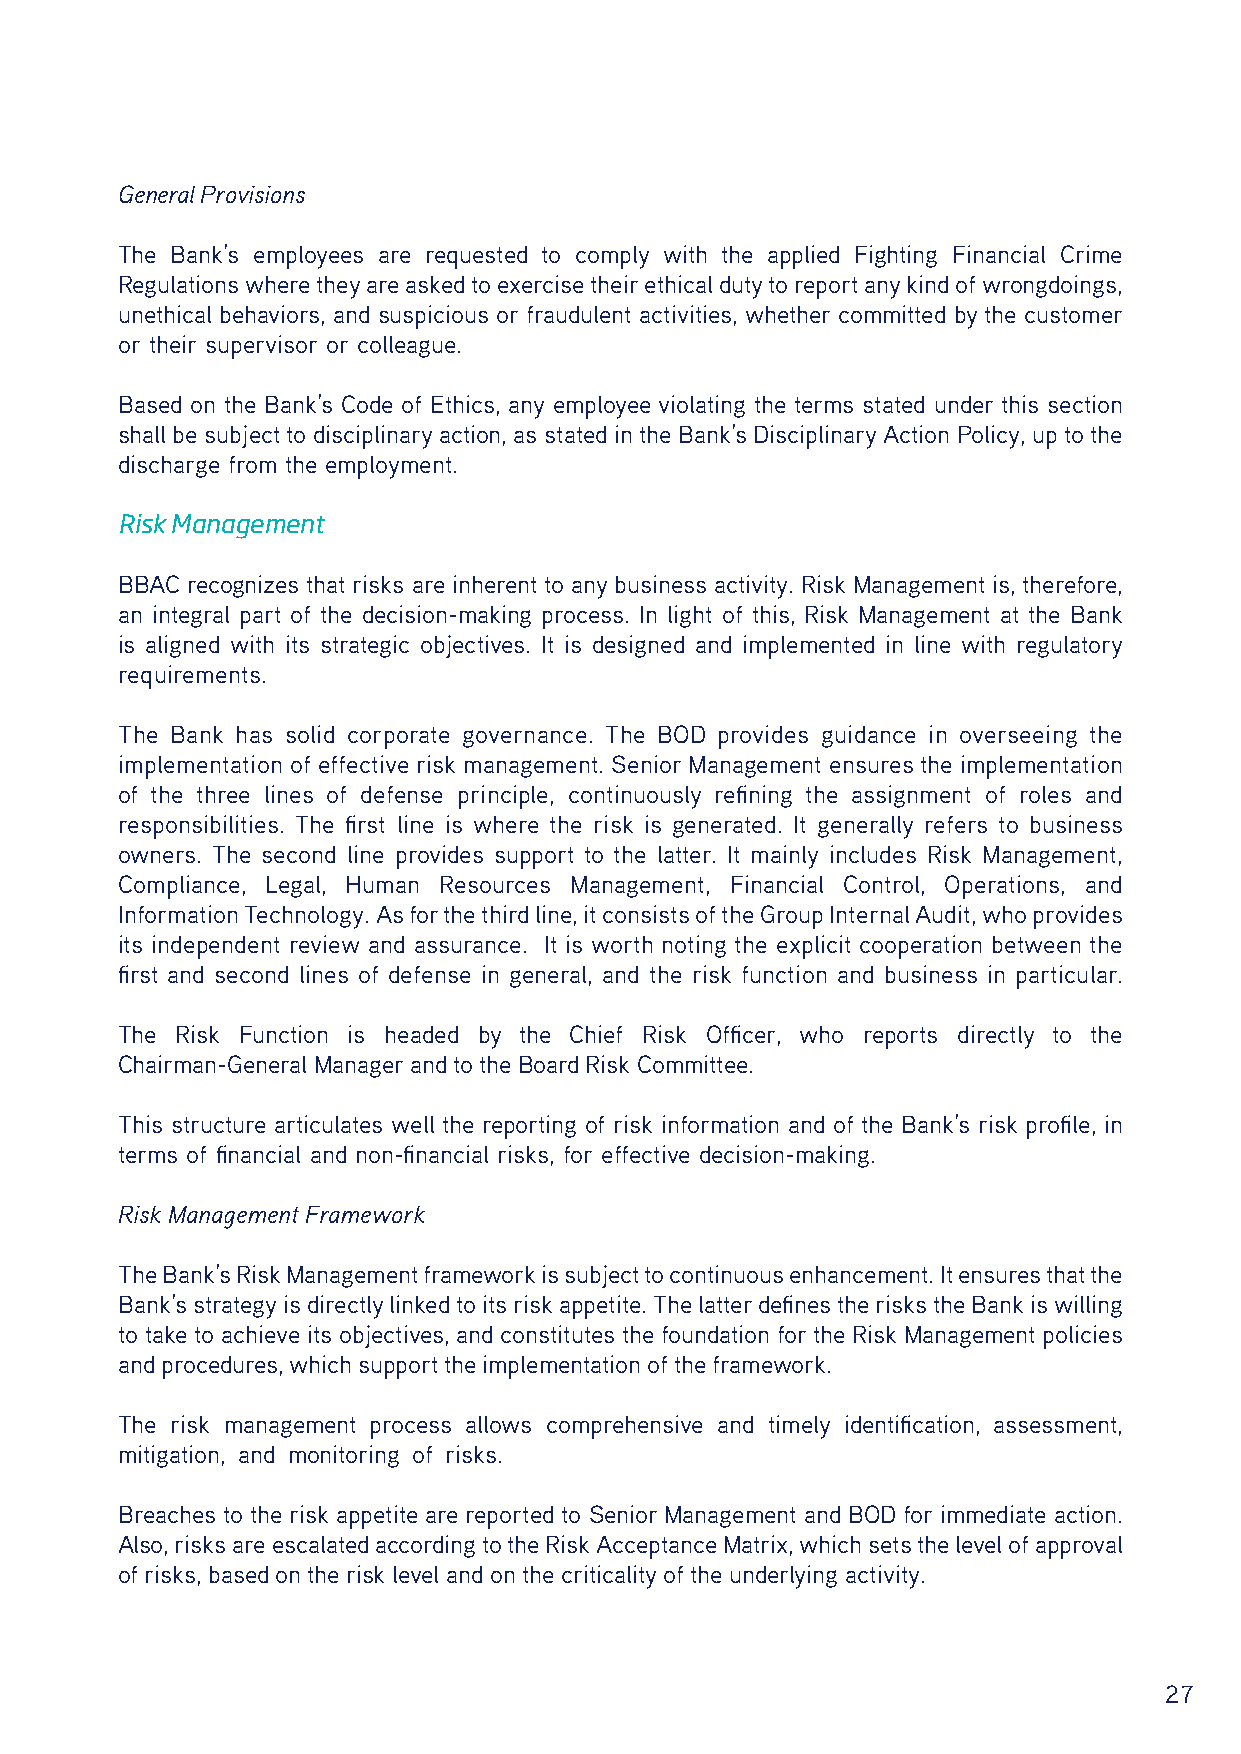
General Provisions
 The Bank’s employees are requested to comply with the applied Fighting Financial Crime
 Regulations where they are asked to exercise their ethical duty to report any kind of wrongdoings,
 unethical behaviors, and suspicious or fraudulent activities, whether committed by the customer
 or their supervisor or colleague.
 Based on the Bank’s Code of Ethics, any employee violating the terms stated under this section
 shall be subject to disciplinary action, as stated in the Bank’s Disciplinary Action Policy, up to the
 discharge from the employment.
 Risk Management
 BBAC recognizes that risks are inherent to any business activity. Risk Management is, therefore,
 an integral part of the decision-making process. In light of this, Risk Management at the Bank
 is aligned with its strategic objectives. It is designed and implemented in line with regulatory
 requirements.
 The Bank has solid corporate governance. The BOD provides guidance in overseeing the
 implementation of effective risk management. Senior Management ensures the implementation
 of the three lines of defense principle, continuously refining the assignment of roles and
 responsibilities. The first line is where the risk is generated. It generally refers to business
 owners. The second line provides support to the latter. It mainly includes Risk Management,
 Compliance, Legal, Human Resources Management, Financial Control, Operations, and
 Information Technology. As for the third line, it consists of the Group Internal Audit, who provides
 its independent review and assurance. It is worth noting the explicit cooperation between the
 first and second lines of defense in general, and the risk function and business in particular.
 The Risk Function is headed by the Chief Risk Officer, who reports directly to the
 Chairman-General Manager and to the Board Risk Committee.
 This structure articulates well the reporting of risk information and of the Bank’s risk profile, in
 terms of financial and non-financial risks, for effective decision-making.
 Risk Management Framework
 The Bank’s Risk Management framework is subject to continuous enhancement. It ensures that the
 Bank’s strategy is directly linked to its risk appetite. The latter defines the risks the Bank is willing
 to take to achieve its objectives, and constitutes the foundation for the Risk Management policies
 and procedures, which support the implementation of the framework.
 The risk management process allows comprehensive and timely identification, assessment,
 mitigation, and monitoring of risks.
 Breaches to the risk appetite are reported to Senior Management and BOD for immediate action.
 Also, risks are escalated according to the Risk Acceptance Matrix, which sets the level of approval
 of risks, based on the risk level and on the criticality of the underlying activity.
 27